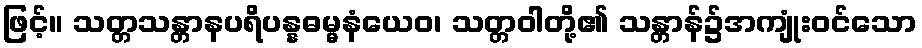
ဖြင့်။ သတ္တသန္တာနပရိပန္နဓမ္မနံယေဝ၊ သတ္တဝါတို့၏ သန္တာန်၌အကျုံးဝင်သော